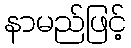
နာမည်ဖြင့်